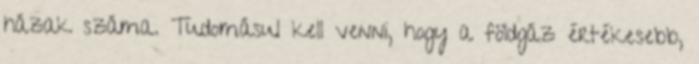
házak száma. Tudomásul kell venni, hogy a földgáz értékesebb,